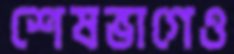
শেষভাগেও